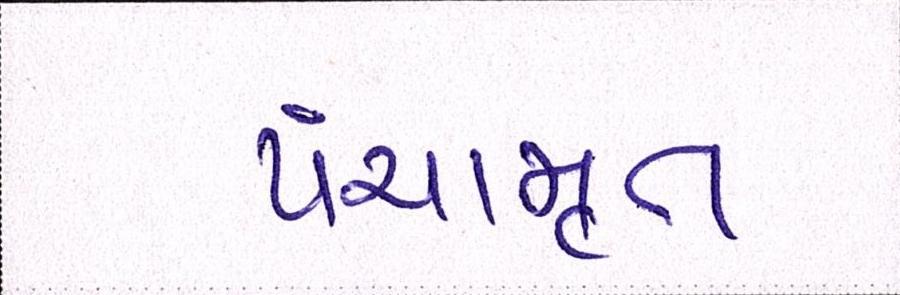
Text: પંચામૃત